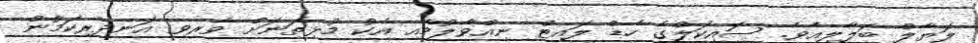
ލަޔާލް ބަލާލިއެވެ. ސައިކަލްގެ ހެޑް ލައިޓް ނިއްވާލުމާއި އެކު މުޅިތަނަށް ވެރިވި އަނދިރިކަމުން